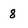
Character: 8